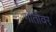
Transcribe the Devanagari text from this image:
गोतोवर